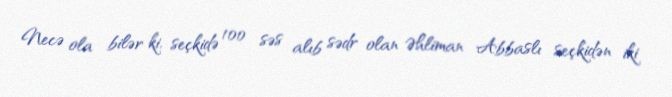
Necə ola bilər ki, seçkidə 100 səs alıb sədr olan Əhliman Abbaslı seçkidən iki